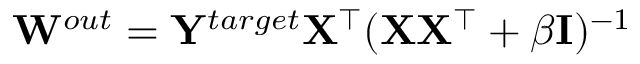
{ \bf W } ^ { o u t } = { \bf Y } ^ { t a r g e t } { \bf X ^ { \top } } ( { \bf X } { \bf X ^ { \top } } + \beta { \bf I } ) ^ { - 1 }